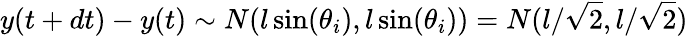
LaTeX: y(t+dt)-y(t)\sim N(l\sin(\theta_{i}),l\sin(\theta_{i}))=N(l/\sqrt{2},l/\sqrt{2})